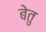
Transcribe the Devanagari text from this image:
बेतु